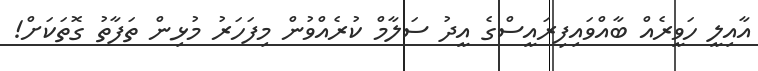
އާއިލީ ހަވީރެއް ބާއްވައިފިރައީސްގެ އީދު ސަލާމް ކުރެއްވުން މިފަހަރު މުޅިން ތަފާތު ގޮތަކަށް!